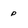
Character: p